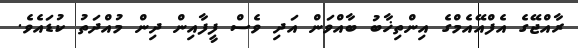
ރާއްޖޭގެ އެފްއޭއެމްގެ އިންތިޚާބު ބާއްވަން އަދި ވެސް ފީފާއިން ދިން މުއްދަތު ކުޑައެވެ.